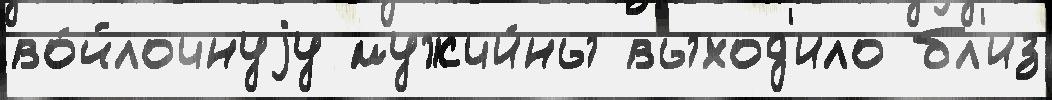
во́йлочнуjу мужчи́ны выход'ило бл'из